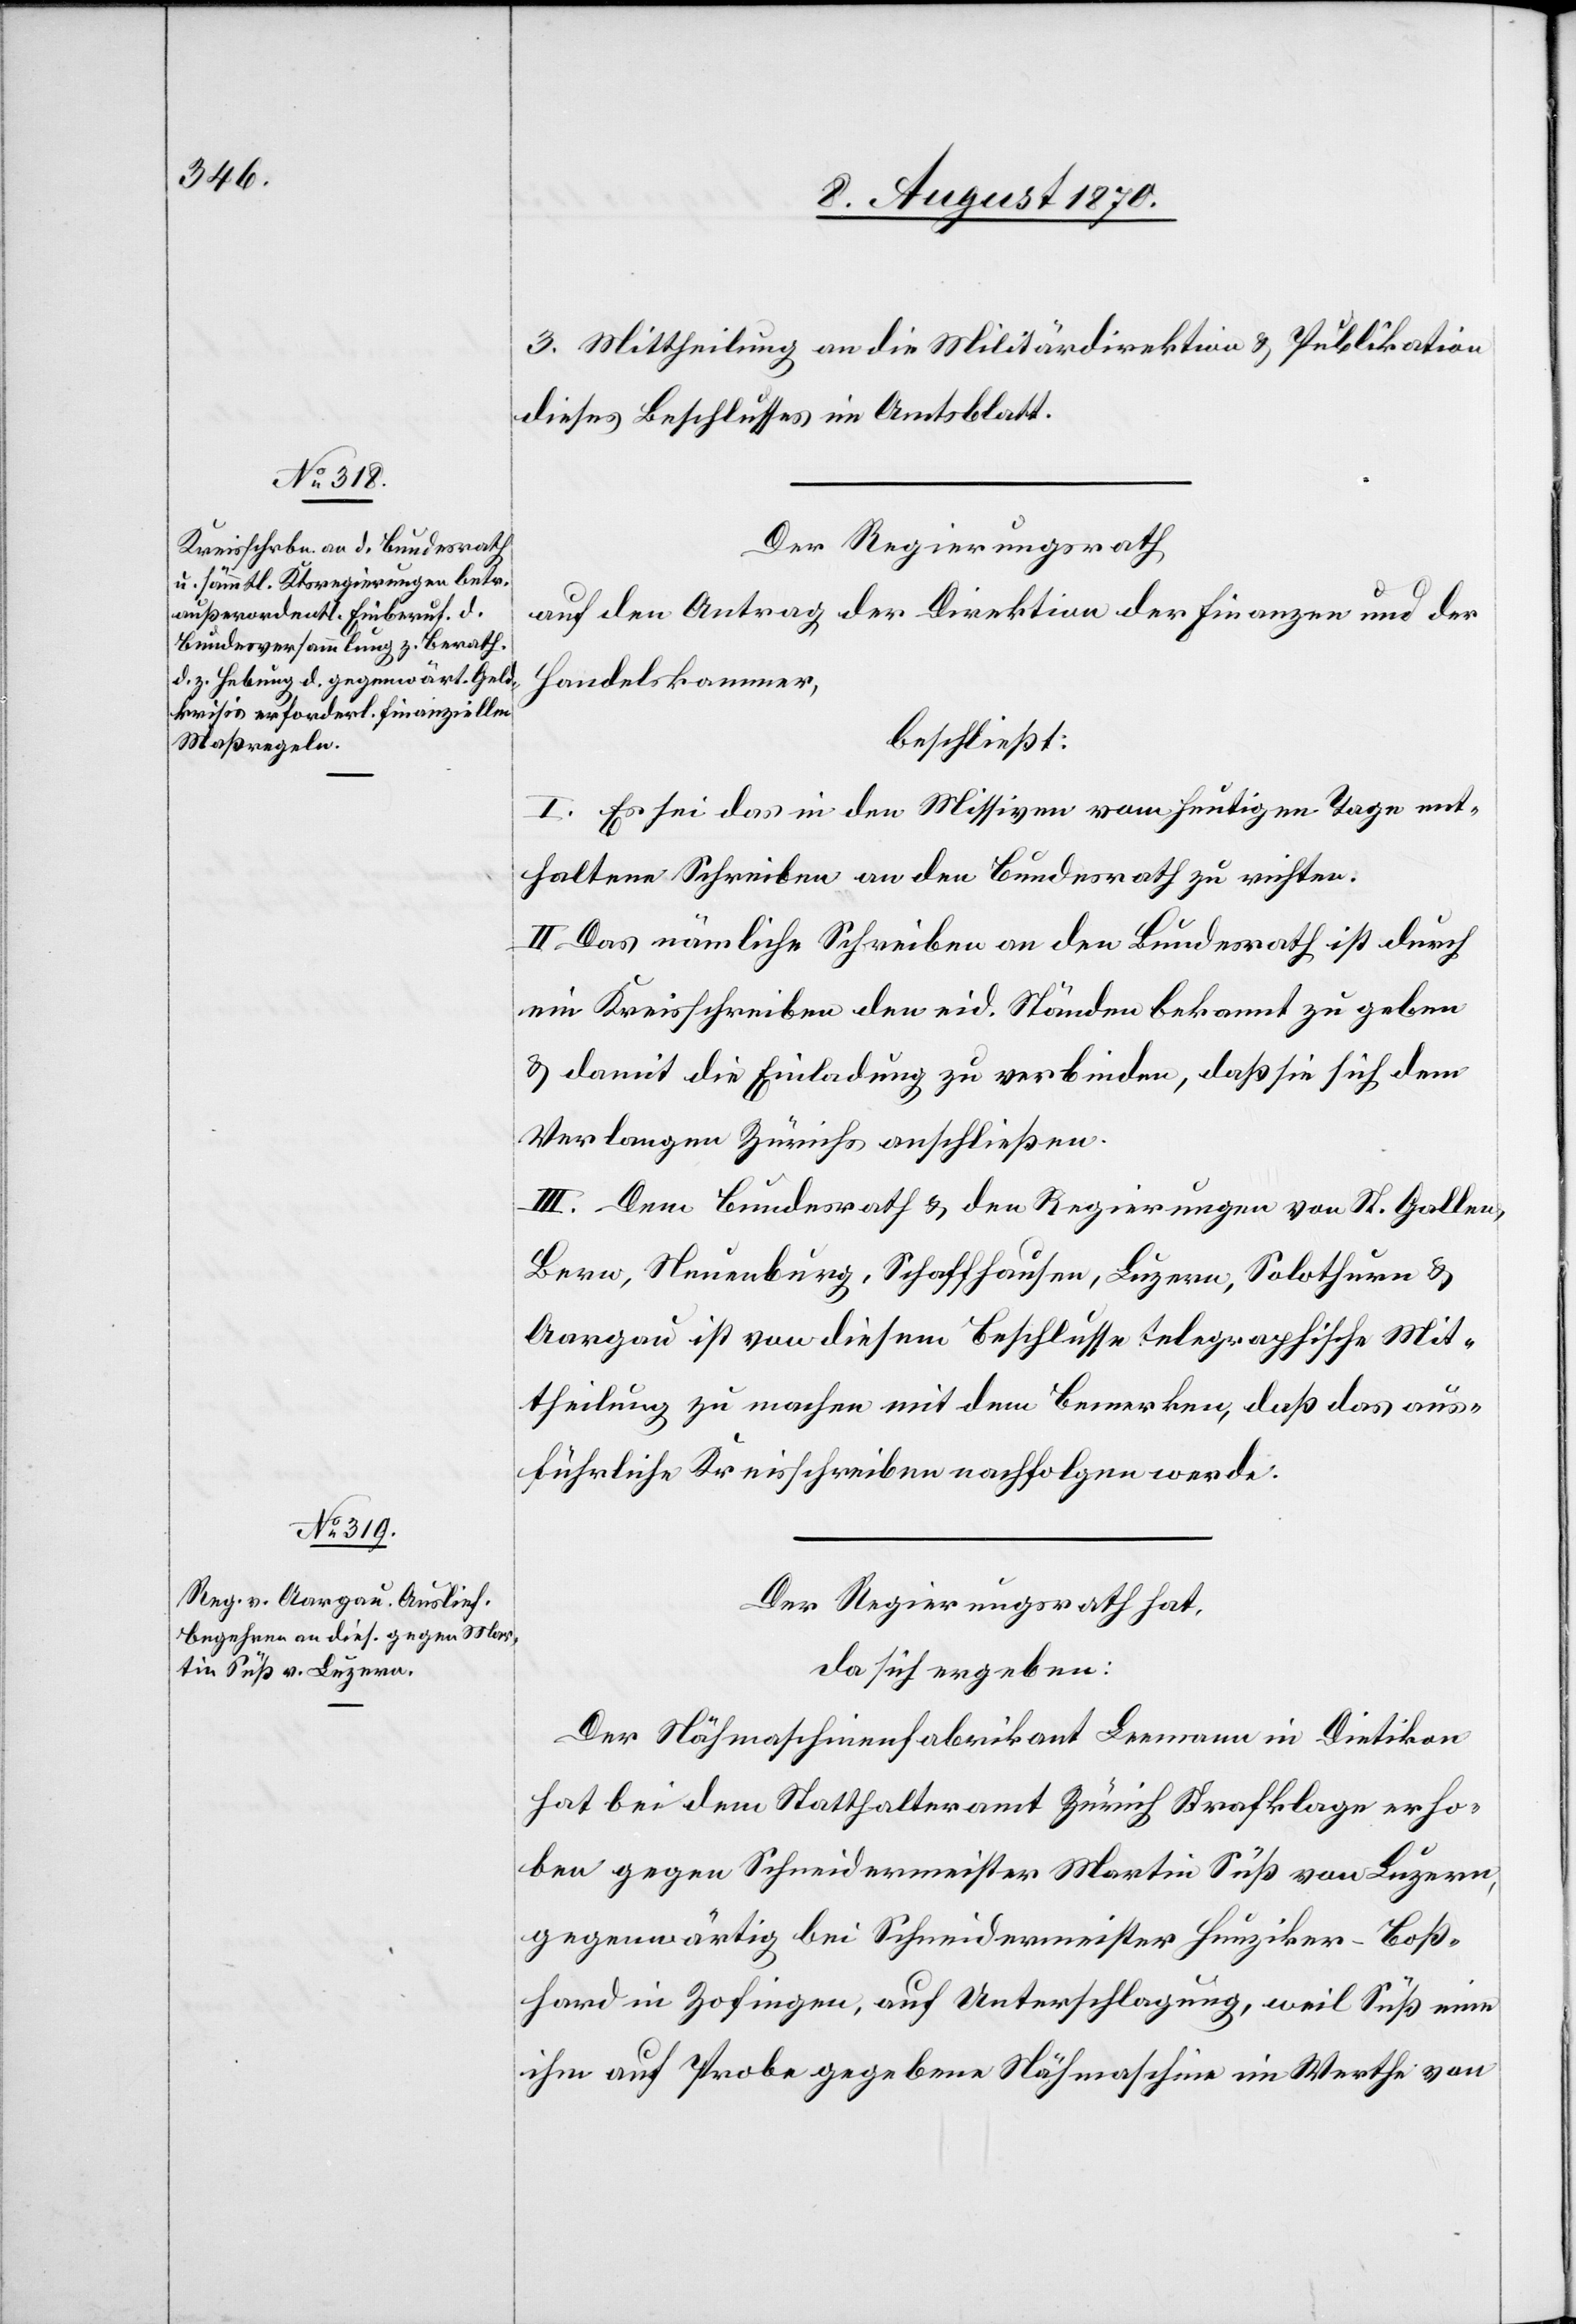
3. Mittheilung an die Militärdirektion & Publikation
dieses Beschlusses im Amtsblatt.
Der Regierungsrath
auf den Antrag der Direktion der Finanzen und der
Handelskammer,
beschließt:
I. Es sei das in den Missiven vom heutigen Tage ent¬
haltene Schreiben an den Bundesrath zu richten.
II. Das nämliche Schreiben an den Bundesrath ist durch
ein Kreisschreiben den eid. Ständen bekannt zu geben
& damit die Einladung zu verbinden, daß sie sich dem
Verlangen Zürichs anschließen.
III. Dem Bundesrath & den Regierungen von St. Gallen,
Bern, Neuenburg, Schaffhausen, Luzern, Solothurn &
Aargau ist von diesem Beschlusse telegraphische Mit¬
theilung zu machen mit dem Bemerken, daß das aus¬
führliche Kreisschreiben nachfolgen werde.
Der Regierungsrath hat,
da sich ergeben.
Der Nähmaschinenfabrikant Leemann in Dietikon
hat bei dem Statthalteramt Zürich Strafklage erho¬
ben gegen Schneidermeister Martin Süß von Luzern,
gegenwärtig bei Schneidermeister Hunziker-Boß¬
hard in Zofingen, auf Unterschlagung, weil Süß eine
ihm auf Probe gegebene Nähmaschine im Werthe von